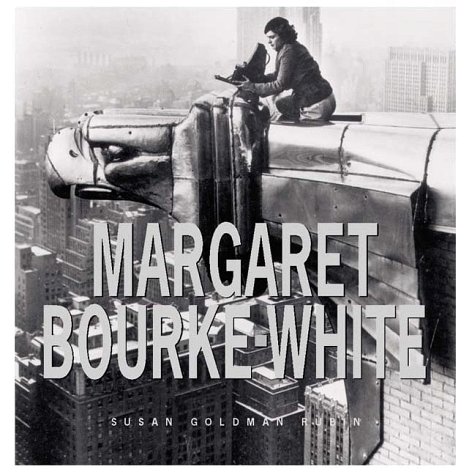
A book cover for Margaret Bourke White; Susan Goldman Rubin; Teen & Young Adult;